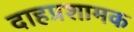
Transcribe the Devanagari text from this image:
दाहप्रशामक